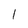
Character: 1